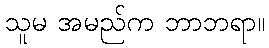
သူမ အမည်က ဘာဘရာ။